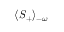
\langle S _ { + } \rangle _ { - \omega }